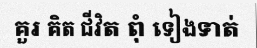
គួរ គិត ជីវិត ពុំ ទៀងទាត់